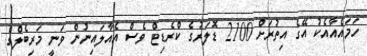
ހަމައެއާއެކު އޭގެ އިތުރަށް 2100 ޑޮލަރުގެ ކްރެޑިޓް ވެސް އެއާލައިނުން ވަނީ މަރިބެލްގެ